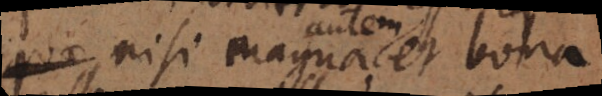
quae nisi magna autem et bona